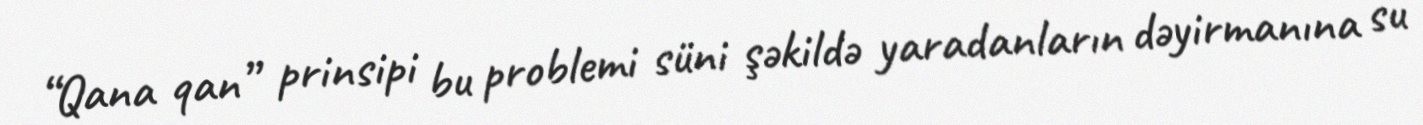
“Qana qan” prinsipi bu problemi süni şəkildə yaradanların dəyirmanına su